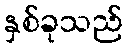
နှစ်ခုသည်